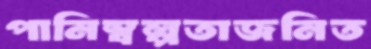
পানিস্বল্পতাজনিত